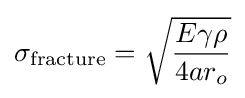
\sigma _{\mathrm {fracture} }={\sqrt {\frac {E\gamma \rho }{4ar_{o}}}}